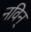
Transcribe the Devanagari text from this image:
नविन्